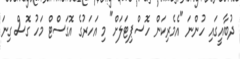
ދުބާއީގައި ހުންނަ "އެމެރިކަން ހޮސްޕިޓަލަށް" މި އަހަރުގެ އޮގަސްޓް މަހު ގޮސް ގިނަ